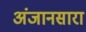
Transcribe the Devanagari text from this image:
अंजानसारा